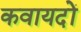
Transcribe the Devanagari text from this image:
कवायदों